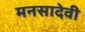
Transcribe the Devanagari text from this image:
मनसादेवी